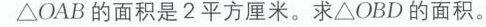
\bigtriangleup OAB的面积是2平方厘米。求\bigtriangleup OBD的面积。